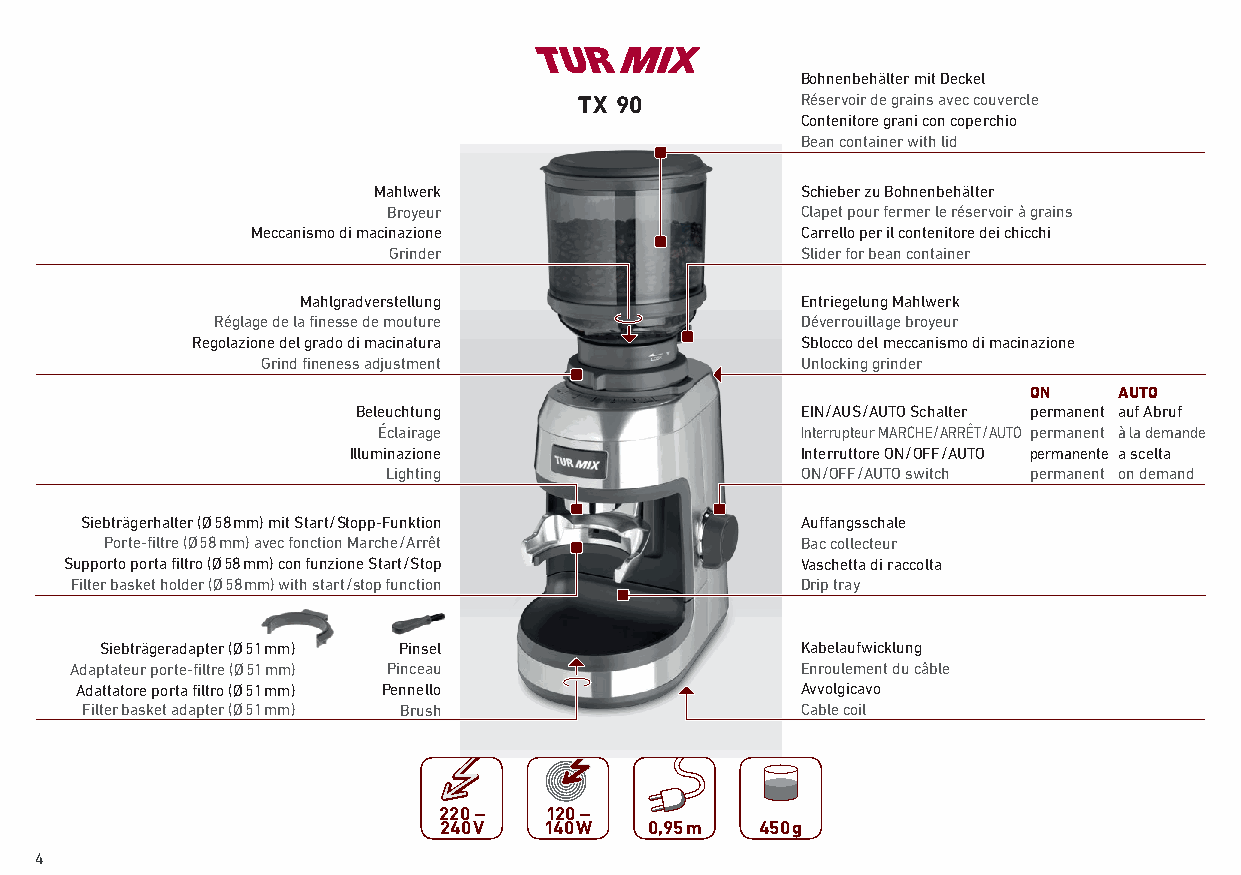
Bohnenbehälter mit Deckel
 TX 90          Réservoir de grains avec couvercle
 Contenitore grani con coperchio
 Bean container with lid
 Mahlwerk                    Schieber zu Bohnenbehälter
 Broyeur                    Clapet pour fermer le réservoir à grains
 Meccanismo di macinazione           Carrello per il contenitore dei chicchi
 Grinder                    Slider for bean container
 Mahlgradverstellung              Entriegelung Mahlwerk
 Réglage de la finesse de mouture       Déverrouillage broyeur
 Regolazione del grado di macinatura     Sblocco del meccanismo di macinazione
 Grind fineness adjustment           Unlocking grinder
 ON    AUTO
 Beleuchtung                  EIN / AUS / AUTO Schalter permanent auf Abruf
 Éclairage                   Interrupteur MARCHE / ARRÊT / AUTO permanent à la demande
 Illuminazione                 Interruttore ON / OFF / AUTO permanente a scelta
 Lighting                   ON / OFF / AUTO switch permanent on demand
 Siebträgerhalter (Ø 58 mm) mit Start / Stopp-Funktion Auffangsschale
 Porte-filtre (Ø 58 mm) avec fonction Marche / Arrêt Bac collecteur
 Supporto porta filtro (Ø 58 mm) con funzione Start / Stop Vaschetta di raccolta
 Filter basket holder (Ø 58 mm) with start / stop function Drip tray
 Siebträgeradapter (Ø 51 mm) Pinsel            Kabelaufwicklung
 Adaptateur porte-filtre (Ø 51 mm) Pinceau       Enroulement du câble
 Adattatore porta filtro (Ø 51 mm) Pennello      Avvolgicavo
 Filter basket adapter (Ø 51 mm) Brush           Cable coil
 220 –  120 –
 240 V  140 W  0,95 m 450 g
 4